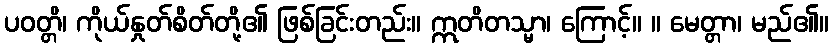
ပဝတ္တိ၊ ကိုယ်နှုတ်စိတ်တို့၏ ဖြစ်ခြင်းတည်း။ ဣတိတသ္မာ၊ ကြောင့်။ ။ မေတ္တာ၊ မည်၏။